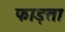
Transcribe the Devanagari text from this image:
फाड़ता